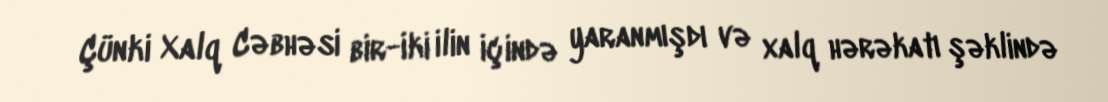
Çünki Xalq Cəbhəsi bir-iki ilin içində yaranmışdı və xalq hərəkatı şəklində